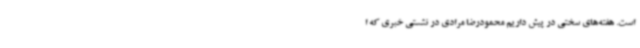
است. هفته‌های سختی در پیش داریم محمودرضا مرادی در نشستی خبری که ا